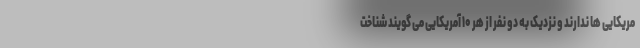
مریکایی ها ندارند و نزدیک به دو نفر از هر ۱۰ آمریکایی می گویند شناخت